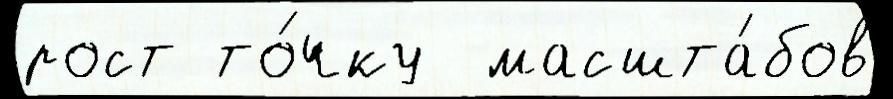
рост то́чку  масшта́бов